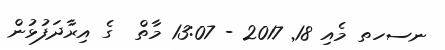
ނސހތ މެއި 18